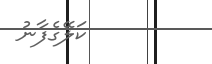
ކަލޭގެފާނު